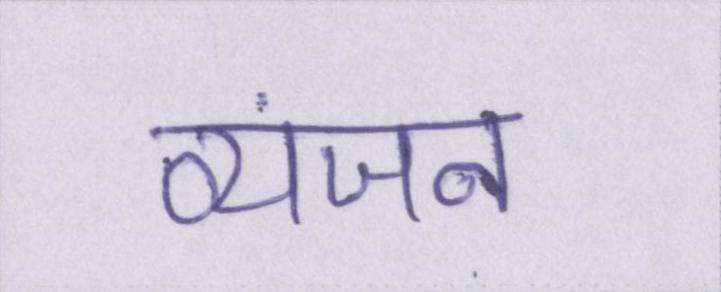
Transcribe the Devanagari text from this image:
व्यंजन